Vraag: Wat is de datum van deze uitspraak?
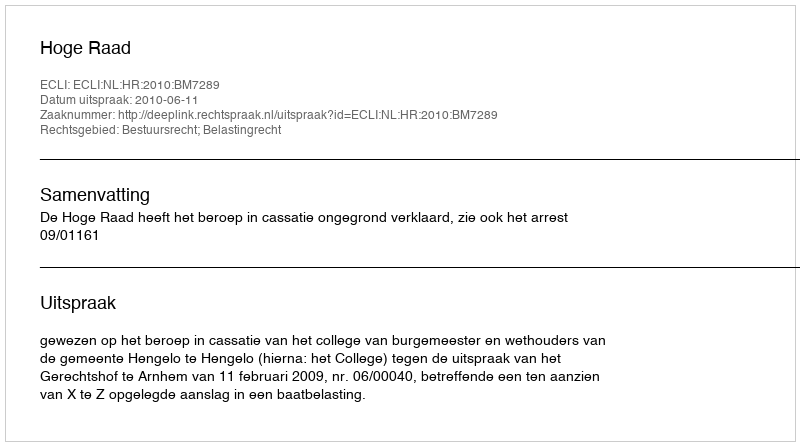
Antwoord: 2010-06-11